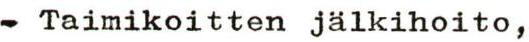
- Taimikoitten jälkihoito,